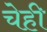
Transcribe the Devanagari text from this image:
चेही